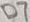
Text: D7